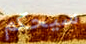
سيحكم